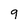
Character: q